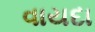
વાયદા